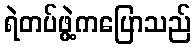
ရဲတပ်ဖွဲ့ကပြောသည်